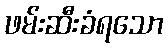
ဖမ်းဆီးခံရသော